Indian journal of veterinary science and animal husbandry - Volume 13,
Year: 1943
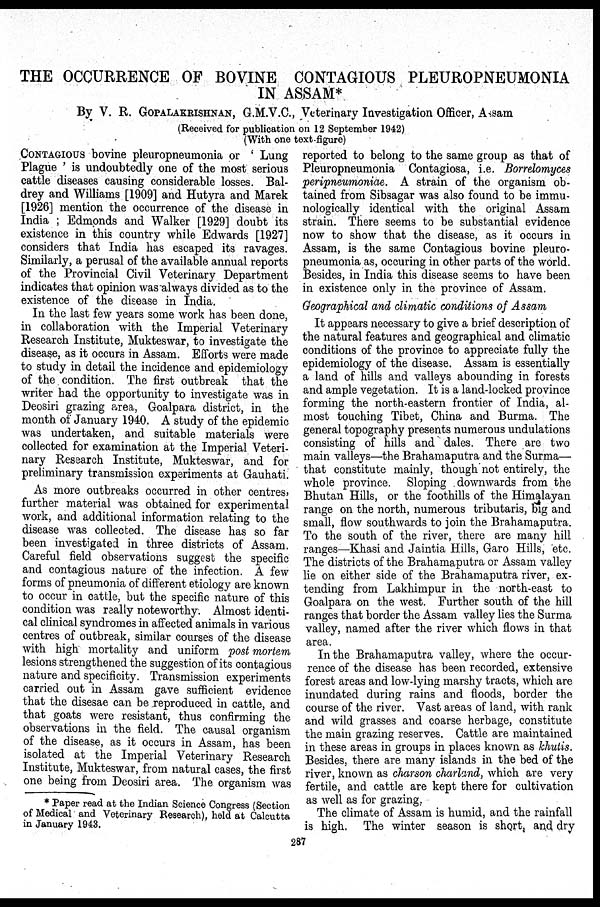
THE OCCURRENCE OF BOVINE CONTAGIOUS PLEUROPNEUMONIA
IN ASSAM*
By V. R. GOPALAKRISHNAN, G.M.V.C., Veterinary Investigation Officer, Assam
(Received for publication on 12 September 1942)
(With one text-figure)
CONTAGIOUS bovine pleuropneumonia or ' Lung
Plague ' is undoubtedly one of the most serious
cattle diseases causing considerable losses. Bal-
drey and Williams [1909] and Hutyra and Marek
[1926] mention the occurrence of the disease in
India; Edmonds and Walker [1929] doubt its
existence in this country while Edwards [1927]
considers that India has escaped its ravages.
Similarly, a perusal of the available annual reports
of the Provincial Civil Veterinary Department
indicates that opinion was always divided as to the
existence of the disease in India.
In the last few years some work has been done,
in collaboration with the Imperial Veterinary
Research Institute, Mukteswar, to investigate the
disease, as it occurs in Assam. Efforts were made
to study in detail the incidence and epidemiology
of the condition. The first outbreak that the
writer had the opportunity to investigate was in
Deosiri grazing area, Goalpara district, in the
month of January 1940. A study of the epidemic
was undertaken, and suitable materials were
collected for examination at the Imperial Veteri-
nary Research Institute, Mukteswar, and for
preliminary transmission experiments at Gauhati.
As more outbreaks occurred in other centres,
further material was obtained for experimental
work, and additional information relating to the
disease was collected. The disease has so far
been investigated in three districts of Assam.
Careful field observations suggest the specific
and contagious nature of the infection. A few
forms of pneumonia of different etiology are known
to occur in cattle, but the specific nature of this
condition was really noteworthy. Almost identi-
cal clinical syndromes in affected animals in various
centres of outbreak, similar courses of the disease
with high mortality and uniform post mortem
lesions strengthened the suggestion of its contagious
nature and specificity. Transmission experiments
carried out in Assam gave sufficient evidence
that the disesae can be reproduced in cattle, and
that goats were resistant, thus confirming the
observations in the field. The causal organism
of the disease, as it occurs in Assam, has been
isolated at the Imperial Veterinary Research
Institute, Mukteswar, from natural cases, the first
one being from Deosiri area. The organism was
reported to belong to the same group as that of
Pleuropneumonia Contagiosa, i.e. Borrelomyces
peripneumoniae. A strain of the organism ob-
tained from Sibsagar was also found to be immu-
nologically identical with the original Assam
strain. There seems to be substantial evidence
now to show that the disease, as it occurs in
Assam, is the same Contagious bovine pleuro-
pneumonia as, occuring in other parts of the world.
Besides, in India this disease seems to have been
in existence only in the province of Assam.
Geographical and climatic conditions of Assam
It appears necessary to give a brief description of
the natural features and geographical and climatic
conditions of the province to appreciate fully the
epidemiology of the disease. Assam is essentially
a land of hills and valleys abounding in forests
and ample vegetation. It is a land-locked province
forming the north-eastern frontier of India, al-
most touching Tibet, China and Burma. The
general topography presents numerous undulations
consisting of hills and dales. There are two
main valleys—the Brahamaputra and the Surma—
that constitute mainly, though not entirely, the
whole province. Sloping downwards from the
Bhutan Hills, or the foothills of the Himalayan
range on the north, numerous tributarias, big and
small, flow southwards to join the Brahamaputra.
To the south of the river, there are many hill
ranges—Khasi and Jaintia Hills, Garo Hills, etc.
The districts of the Brahamaputra or Assam valley
lie on either side of the Brahamaputra river, ex-
tending from Lakhimpur in the north-east to
Goalpara on the west. Further south of the hill
ranges that border the Assam valley lies the Surma
valley, named after the river which flows in that
area.
In the Brahamaputra valley, where the occur-
rence of the disease has been recorded, extensive
forest areas and low-lying marshy tracts, which are
inundated during rains and floods, border the
course of the river. Vast areas of land, with rank
and wild grasses and coarse herbage, constitute
the main grazing reserves. Cattle are maintained
in these areas in groups in places known as khutis.
Besides, there are many islands in the bed of the
river, known as charson charland, which are very
fertile, and cattle are kept there for cultivation
as well as for grazing.
The climate of Assam is humid, and the rainfall
is high. The winter season is short, and dry
* Paper read at the Indian Science Congress (Section
of Medical and Veterinary Research), held at Calcutta
in January 1943.
287